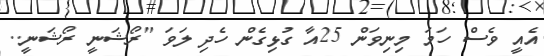
އެއީ ވެސް ހަމަ މިނިވަން 25އާ ގުޅިގެން ހެދި ލަވަ "ރޯޝަނީ ރޯޝަނީ..